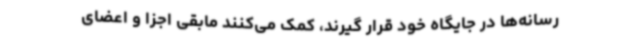
رسانه‌ها در جایگاه خود قرار گیرند، کمک می‌کنند مابقی اجزا و اعضای